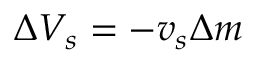
\Delta V _ { s } = - v _ { s } \Delta m